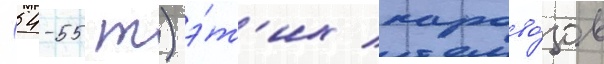
(54-55 т) э́т'их парово́зов